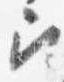
召